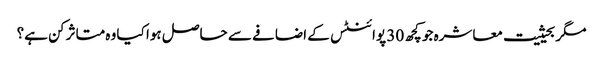
مگر بحیثیت معاشرہ جو کچھ 30 پوائنٹس کے اضافے سے حاصل ہوا کیا وہ متاثر کن ہے؟